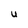
Character: U